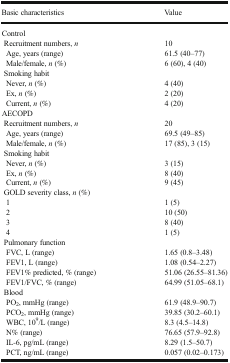
<table><thead><tr><td><b>Basic characteristics</b></td><td><b>Value</b></td></tr></thead><tbody><tr><td colspan="2">Control</td></tr><tr><td> Recruitment numbers, <i>n</i></td><td>10</td></tr><tr><td>Age, years (range)</td><td>61.5 (40–77)</td></tr><tr><td>Male/female, <i>n</i> (%)</td><td>6 (60), 4 (40)</td></tr><tr><td colspan="2"> Smoking habit</td></tr><tr><td>Never, <i>n</i> (%)</td><td>4 (40)</td></tr><tr><td>Ex, <i>n</i> (%)</td><td>2 (20)</td></tr><tr><td>Current, <i>n</i> (%)</td><td>4 (20)</td></tr><tr><td colspan="2">AECOPD</td></tr><tr><td> Recruitment numbers, <i>n</i></td><td>20</td></tr><tr><td>Age, years (range)</td><td>69.5 (49–85)</td></tr><tr><td>Male/female, <i>n</i> (%)</td><td>17 (85), 3 (15)</td></tr><tr><td colspan="2"> Smoking habit</td></tr><tr><td>Never, <i>n</i> (%)</td><td>3 (15)</td></tr><tr><td>Ex, <i>n</i> (%)</td><td>8 (40)</td></tr><tr><td>Current, <i>n</i> (%)</td><td>9 (45)</td></tr><tr><td colspan="2"> GOLD severity class, <i>n</i> (%)</td></tr><tr><td>1</td><td>1 (5)</td></tr><tr><td>2</td><td>10 (50)</td></tr><tr><td>3</td><td>8 (40)</td></tr><tr><td>4</td><td>1 (5)</td></tr><tr><td colspan="2"> Pulmonary function</td></tr><tr><td>FVC, L (range)</td><td>1.65 (0.8–3.48)</td></tr><tr><td>FEV1, L (range)</td><td>1.08 (0.54–2.27)</td></tr><tr><td>FEV1% predicted, % (range)</td><td>51.06 (26.55–81.36)</td></tr><tr><td>FEV1/FVC, % (range)</td><td>64.99 (51.05–68.1)</td></tr><tr><td colspan="2"> Blood</td></tr><tr><td>PO<sub>2</sub>, mmHg (range)</td><td>61.9 (48.9–90.7)</td></tr><tr><td>PCO<sub>2</sub>, mmHg (range)</td><td>39.85 (30.2–60.1)</td></tr><tr><td>WBC, 10<sup>9</sup>/L (range)</td><td>8.3 (4.5–14.8)</td></tr><tr><td>N% (range)</td><td>76.65 (57.9–92.8)</td></tr><tr><td>IL-6, pg/mL (range)</td><td>8.29 (1.5–50.7)</td></tr><tr><td>PCT, ng/mL (range)</td><td>0.057 (0.02–0.173)</td></tr></tbody></table>